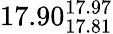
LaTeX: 17.90_{17.81}^{17.97}